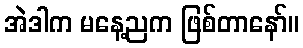
အဲဒါက မနေ့ညက ဖြစ်တာနော်။